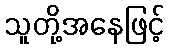
သူတို့အနေဖြင့်